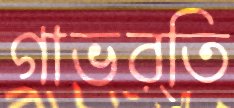
গাভর্তি